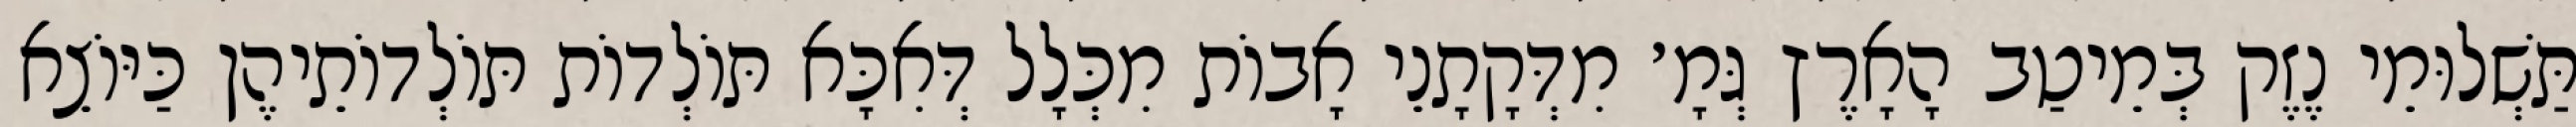
תַּשְׁלוּמֵי נֶזֶק בְּמֵיטַב הָאָרֶץ גְּמָ׳ מִדְּקָתָנֵי אָבוֹת מִכְּלָל דְּאִכָּא תּוֹלְדוֹת תּוֹלְדוֹתֵיהֶן כַּיּוֹצֵא